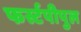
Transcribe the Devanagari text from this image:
फर्स्टपीपुल